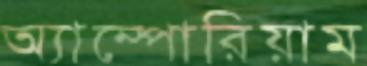
অ্যাম্পোরিয়াম